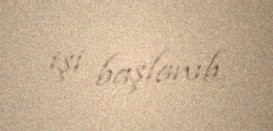
işi başlanıb.